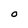
Character: O